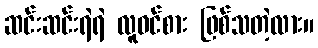
ဆင်းဆင်းရဲရဲ လူဝင်စား ဖြစ်သတဲ့လား။